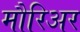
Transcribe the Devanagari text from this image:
मौरिअर